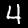
Label: 4